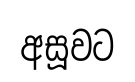
අසූවට